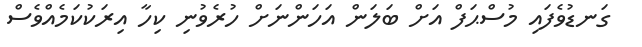
ގަނޑުވެފައި މުސްޙަފް އަށް ބަލަން އަހަންނަށް ހުރެވުނި ކިހާ އިރަކުކަމެއްވެސް